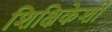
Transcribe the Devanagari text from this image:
शिक्षिकेशी